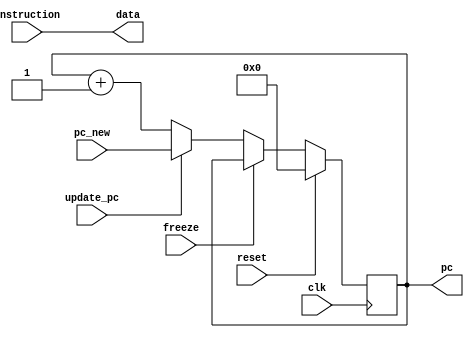
module Fetch(
    input wire clk,
    input wire reset,
    input wire freeze,
    input wire update_pc,
    input wire [15:0] instruction,
    input wire [31:0] pc_new,
    output reg [15:0] data,
    output reg [31:0] pc
    );

initial begin
    pc = 0;
end
    
always @(*)
begin
    data = instruction;
end

always @(posedge clk)
begin
    if (reset == 1) begin
        pc <= 0;
    end
    else begin
        if (freeze == 1) begin
            pc <= pc;
        end
        else begin
            if (update_pc == 1) begin
                pc <= pc_new;
            end
            else begin
                pc <= pc + 1;
            end
        end
    end
end
endmodule